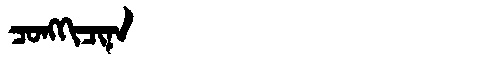
Manchu: ᠴᠣᠩᡴᡳᠴᡳᠨᠠ
Romanization: CONGKICINA